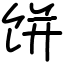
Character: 饼